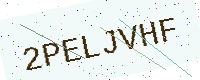
Text: 2PELJVHF